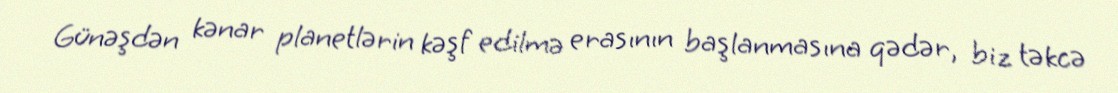
Günəşdən kənar planetlərin kəşf edilmə erasının başlanmasına qədər, biz təkcə